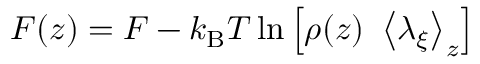
F ( z ) = F - k _ { \mathrm { B } } T \ln \left[ \rho ( z ) \ \left< \lambda _ { \xi } \right> _ { z } \right]